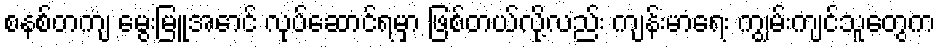
စနစ်တကျ မွေးမြူအောင် လုပ်ဆောင်ရမှာ ဖြစ်တယ်လို့လည်း ကျန်းမာရေး ကျွမ်းကျင်သူတွေက